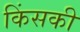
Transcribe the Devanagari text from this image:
किंसकी